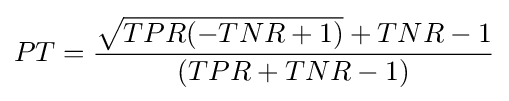
PT={\frac {{\sqrt {TPR(-TNR+1)}}+TNR-1}{(TPR+TNR-1)}}